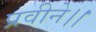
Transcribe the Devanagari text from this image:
प्रवीने।।